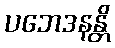
ပဘေဒနန္တိ